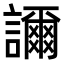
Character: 𧭉